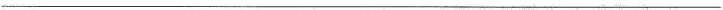
___